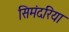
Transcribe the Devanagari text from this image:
सिमंदरिया